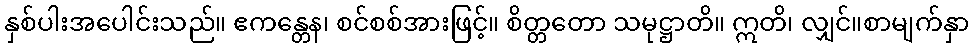
နှစ်ပါးအပေါင်းသည်။ ဧကန္တေန၊ စင်စစ်အားဖြင့်။ စိတ္တတော သမုဋ္ဌာတိ။ ဣတိ၊ လျှင်။စာမျက်နှာ